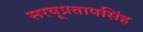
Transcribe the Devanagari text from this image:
सरयूप्रतापसिंह